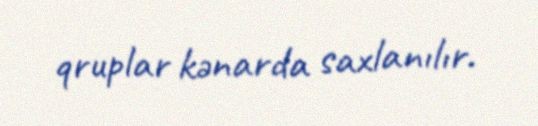
qruplar kənarda saxlanılır.